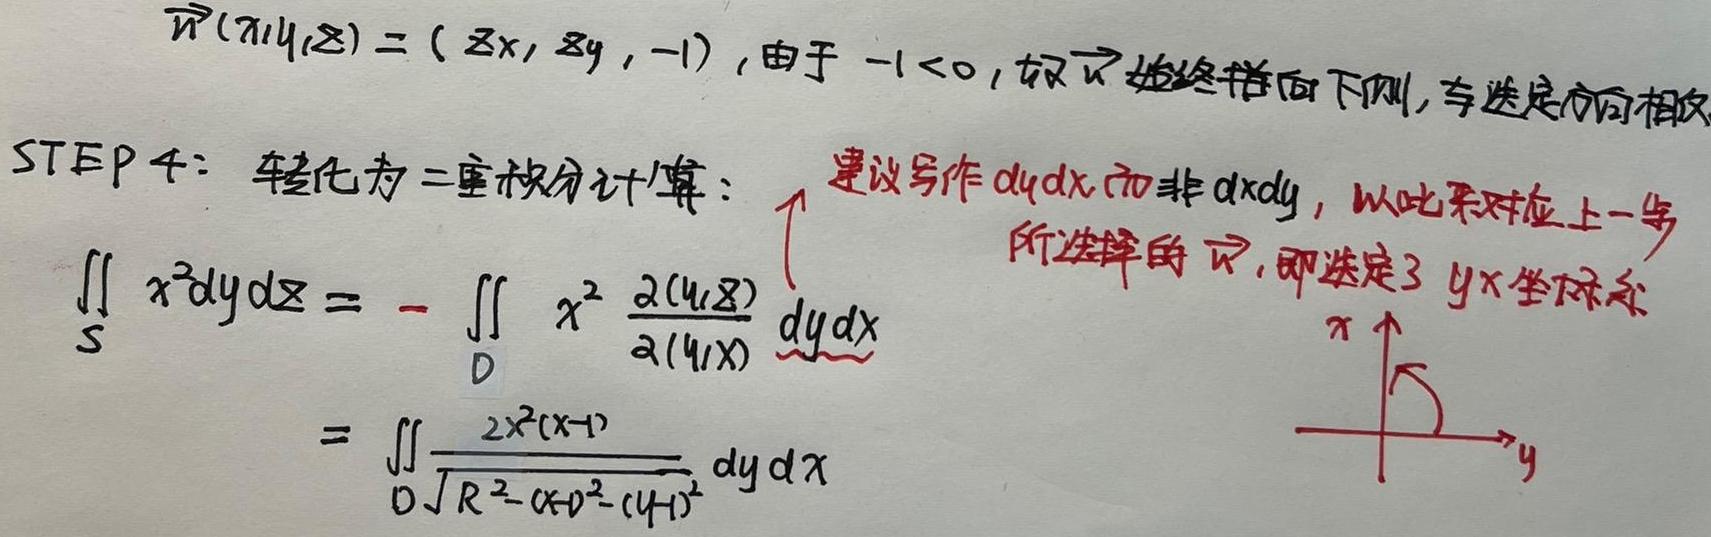
$\vec{n}(x,y,z)=(z_x, z_y, -1)$, 由于 $-1<0$, 故 $\vec{n}$ 始终指向下方, 与选定方向相反
STEP 4: 转化为二重积分计算:
建议写作 $dydx$ 而非 $dxdy$, 以此来对应上一步
所选择的 $\vec{n}$, 即选定了 $yx$ 坐标系
\[
\begin{align*}
\iint_{S}x^{2}dydz&=-\iint_{D}x^{2}\frac{\partial(z,y)}{\partial(y,x)}dydx\\
&=\iint_{D}\frac{2x^{2}(x - 1)}{\sqrt{R^{2}-(x - 1)^{2}-(y - 1)^{2}}}dydx
\end{align*}
\]